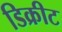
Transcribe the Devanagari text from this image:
डिक्रीट